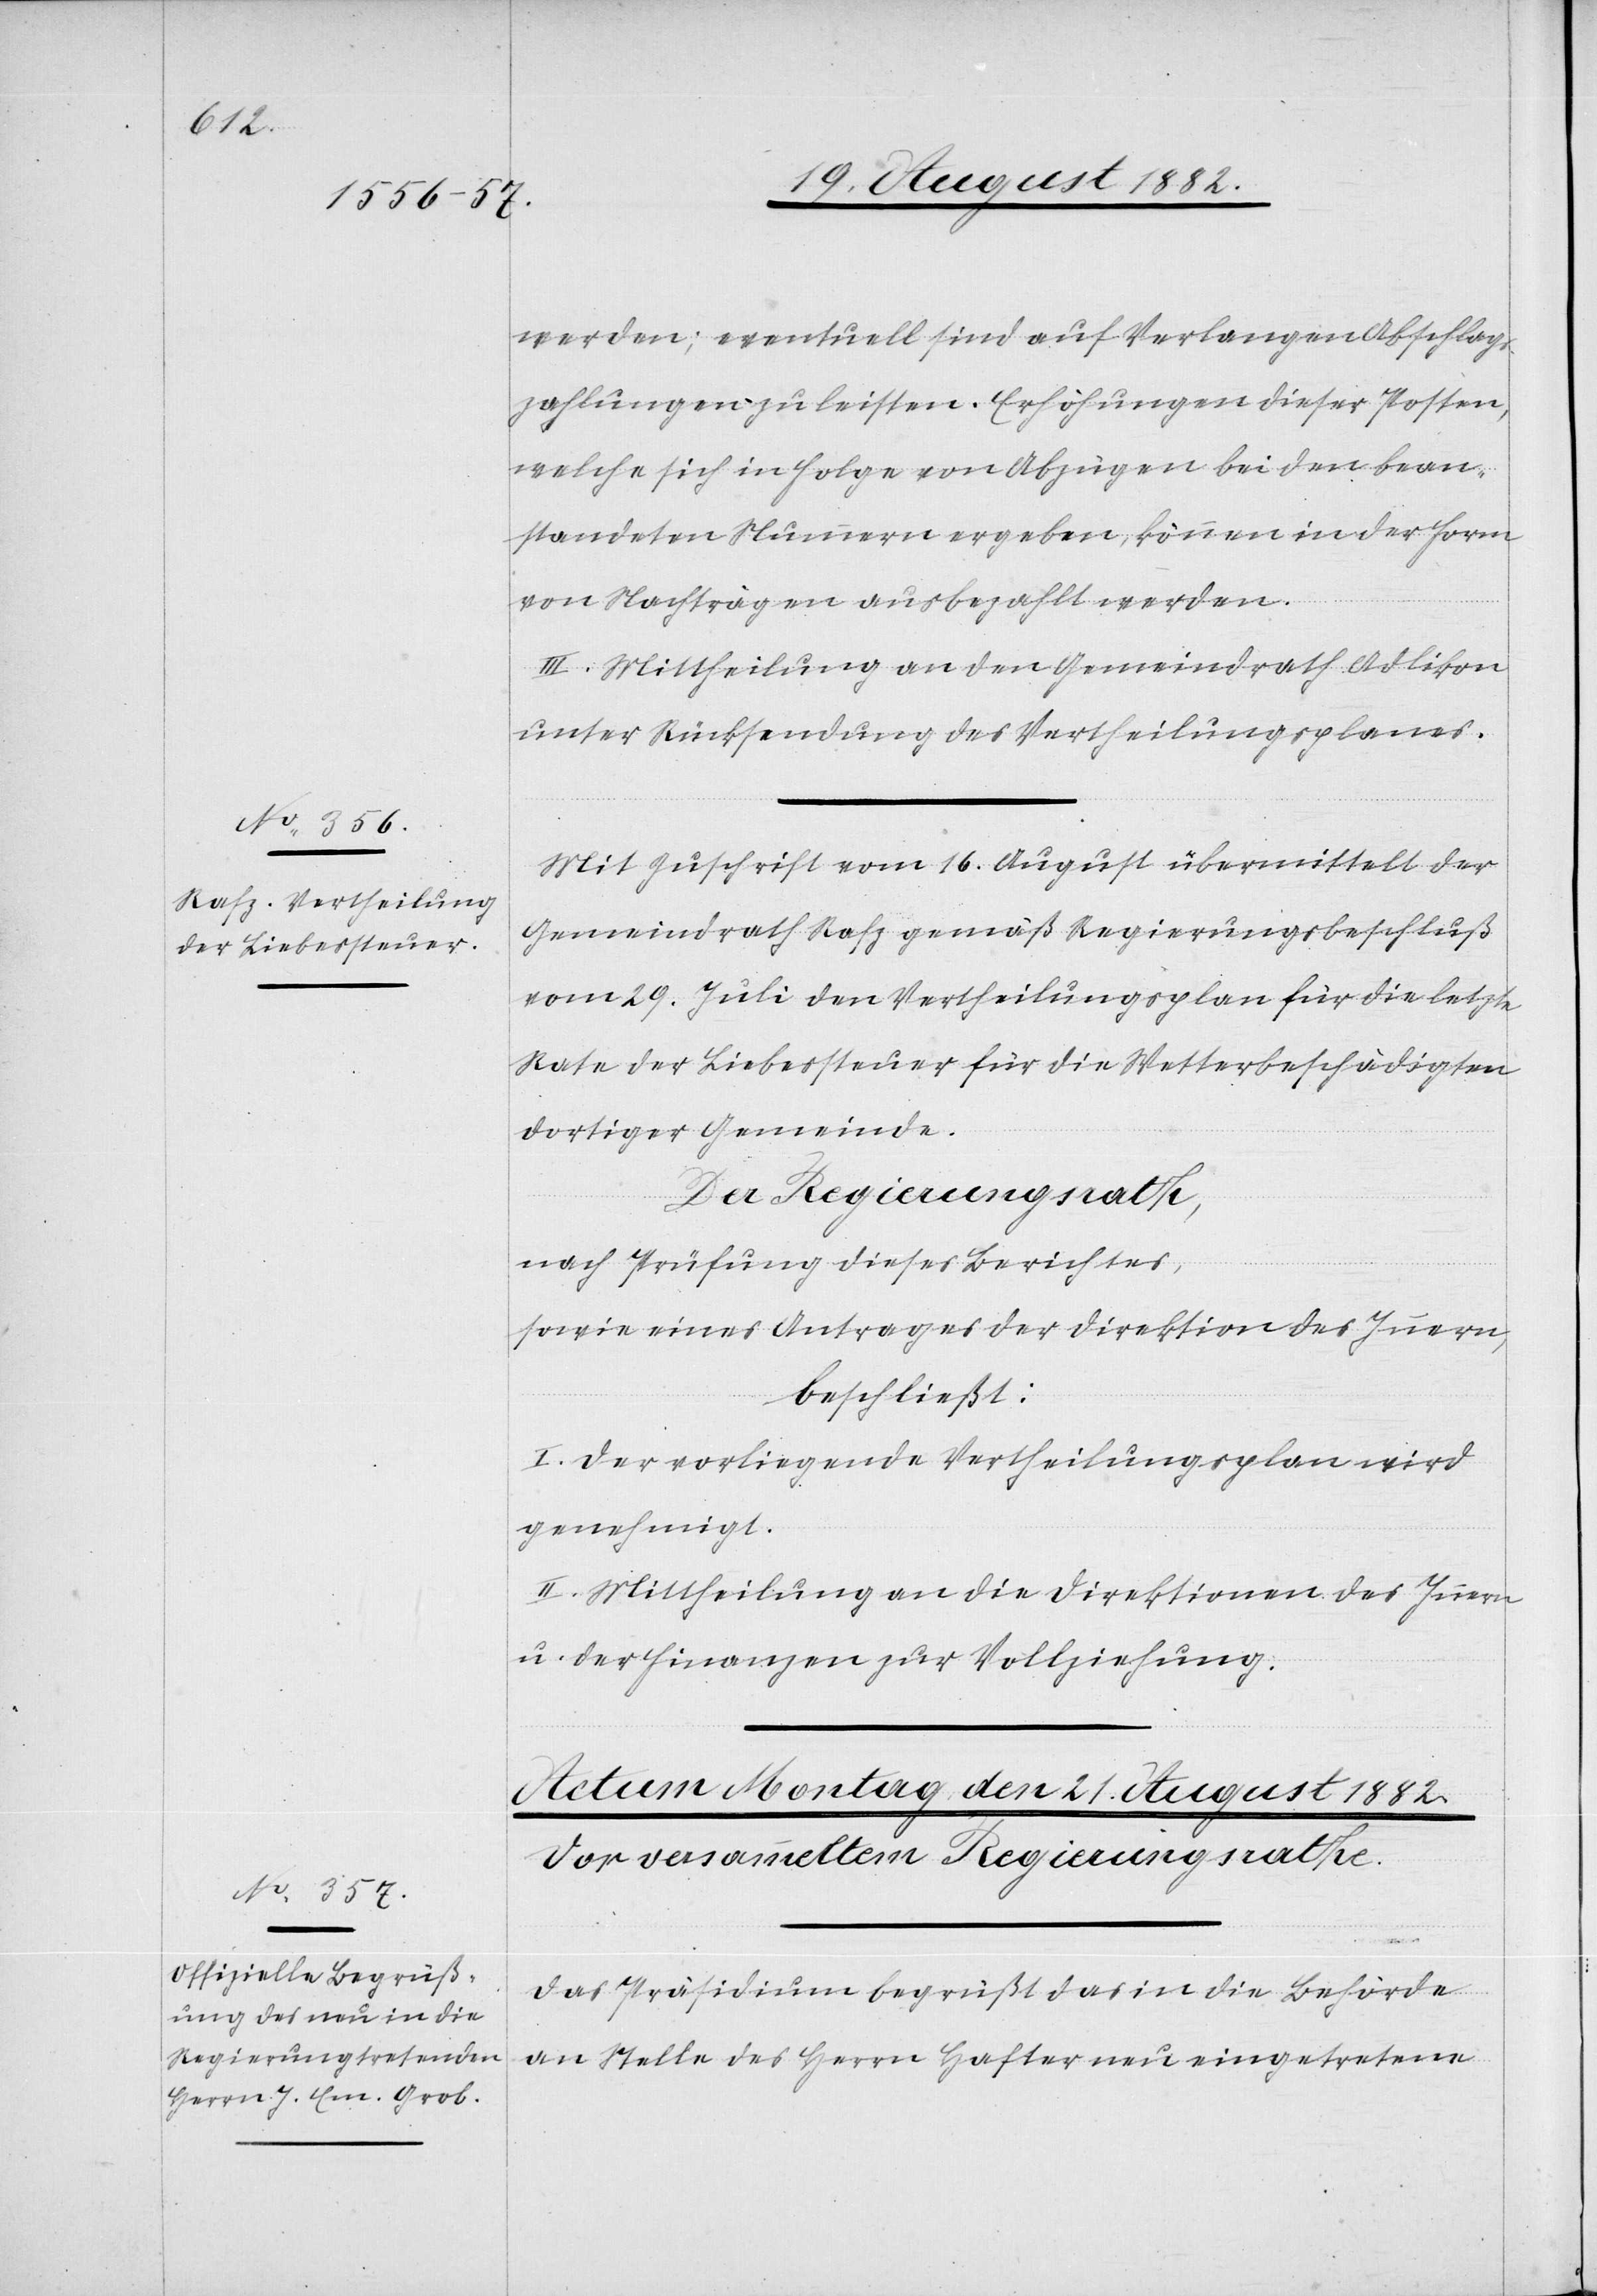
21. August 1882.]
werden; eventuell sind auf Verlangen Abschlags¬
zahlungen zu leisten. Erhöhungen dieser Posten,
welche sich in Folge von Abzügen bei den bean¬
standeten Nummern ergeben, können in der Form
von Nachträgen ausbezahlt werden.
III. Mittheilung an den Gemeindrath Adlikon
unter Rücksendung des Vertheilungsplanes.
Mit Zuschrift vom 16. August übermittelt der
Gemeindrath Rafz gemäß Regierungsbeschluß
vom 29. Juli den Vertheilungsplan für die letzte
Rate der Liebessteuer für die Wetterbeschädigten
dortiger Gemeinde.
Der Regierungsrath,
nach Prüfung dieses Berichtes,
sowie eines Antrages der Direktion des Innern,
beschließt:
I. Der vorliegende Vertheilungsplan wird
genehmigt.
II. Mittheilung an die Direktionen des Innern
u. der Finanzen zur Vollziehung.
Das Präsidium begrüßt das in die Behörde
an Stelle des Herrn Hafter neu eingetretene